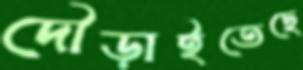
দৌড়াইতেছে